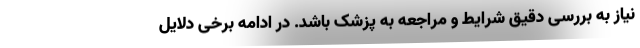
نیاز به بررسی دقیق شرایط و مراجعه به پزشک باشد. در ادامه برخی دلایل